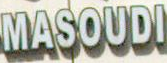
MASOUDI